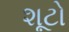
શૂટો